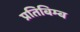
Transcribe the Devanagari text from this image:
प्रतिबिम्‍ब